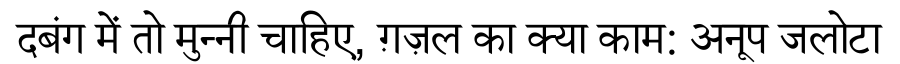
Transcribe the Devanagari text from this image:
दबंग में तो मुन्नी चाहिए, ग़ज़ल का क्या काम: अनूप जलोटा